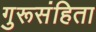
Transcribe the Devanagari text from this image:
गुरूसंहिता